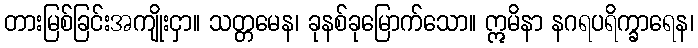
တားမြစ်ခြင်းအကျိုးငှာ။ သတ္တမေန၊ ခုနစ်ခုမြောက်သော။ ဣမိနာ နဂရပရိက္ခာရေန၊